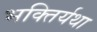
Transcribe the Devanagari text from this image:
भक्तिर्यथा